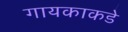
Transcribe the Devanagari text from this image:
गायकाकडे